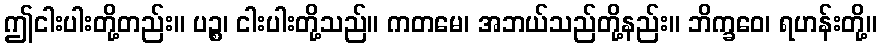
ဤငါးပါးတို့တည်း။ ပဉ္စ၊ ငါးပါးတို့သည်။ ကတမေ၊ အဘယ်သည်တို့နည်း။ ဘိက္ခဝေ၊ ရဟန်းတို့။